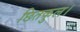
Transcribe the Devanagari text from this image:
छितकुल।